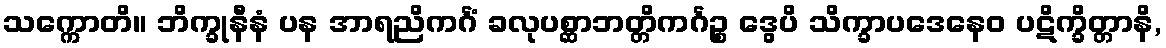
သက္ကောတိ။ ဘိက္ခုနီနံ ပန အာရညိကင်္ဂံ ခလုပစ္ဆာဘတ္တိကင်္ဂဉ္စ ဒွေပိ သိက္ခာပဒေနေဝ ပဋိက္ခိတ္တာနိ,